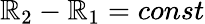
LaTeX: \mathbb{R}_{2}-\mathbb{R}_{1}=const